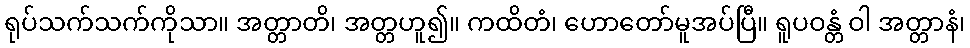
ရုပ်သက်သက်ကိုသာ။ အတ္တာတိ၊ အတ္တဟူ၍။ ကထိတံ၊ ဟောတော်မူအပ်ပြီ။ ရူပဝန္တံ ဝါ အတ္တာနံ၊